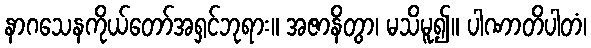
နာဂသေနကိုယ်တော်အရှင်ဘုရား။ အဇာနိတွာ၊ မသိမူ၍။ ပါဏာတိပါတံ၊